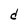
Character: d